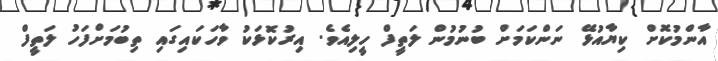
އާންމުކޮށް ކިޔާއުޅޭ ނަންކަމަށް ބުނުމުން ލަތީފް ހީލިއެވެ. އިރުކޮޅަކު ވާހަކައިގައި ތިބުމަށްފަހު ލަތީފް